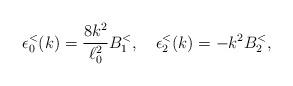
LaTeX: \begin{align*}\epsilon^< _0(k) = {8 k^2 \over \ell_0^2} B^<_1, \quad \epsilon^< _2(k) = - k^2 B^<_2,\end{align*}